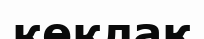
көклақ